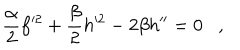
{ \frac { \alpha } { 2 } } f ^ { 2 } + { \frac { \beta } { 2 } } h ^ { 2 } - 2 \beta h ^ { \prime \prime } = 0 ,